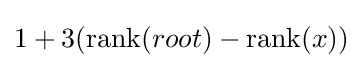
1+3(\mathrm {rank} (root)-\mathrm {rank} (x))